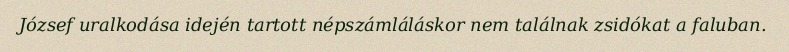
József uralkodása idején tartott népszámláláskor nem találnak zsidókat a faluban.